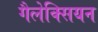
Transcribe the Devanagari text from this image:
गैलेक्सियन